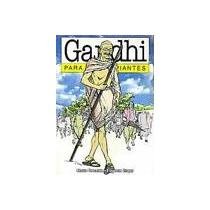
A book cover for Gandhi para principiantes; Marta Recalde; Religion & Spirituality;